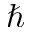
\hbar